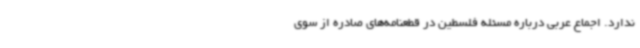
ندارد. اجماع عربی درباره مسئله فلسطین در قطعنامه‌های صادره از سوی